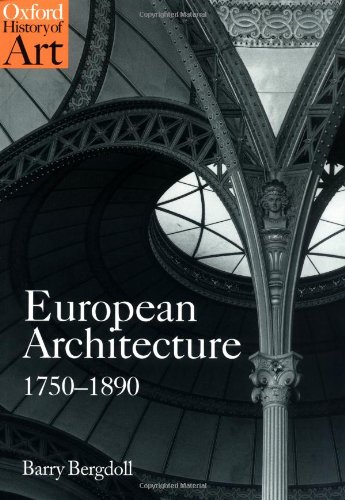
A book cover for European Architecture 1750-1890 (Oxford History of Art); Barry Bergdoll; Arts & Photography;